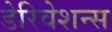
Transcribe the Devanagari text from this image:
डेरिवेशन्स